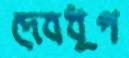
দেবধূপ